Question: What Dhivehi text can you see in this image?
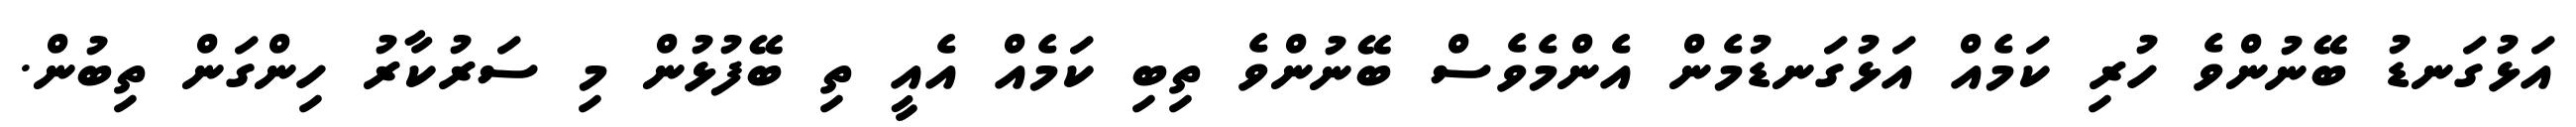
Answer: އަޅުގަނޑު ބޭނުންވެ ހުރި ކަމެއް އަޅުގަނޑުމެން އެންމެވެސް ބޭނުންވެ ތިބި ކަމެއް އެއީ ތި ބޭފުޅުން މި ސަރުކާރު ހިންގަން ތިބުން.